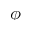
\phi